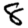
Digit: 8